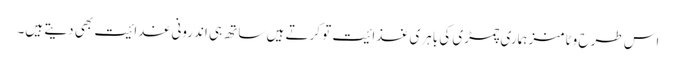
اس طرح وٹامنز ہماری چمڑی کی باہری غذائیت تو کرتے ہیں ساتھ ہی اندرونی غدائیت بھی دیتے ہیں۔